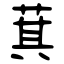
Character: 萁